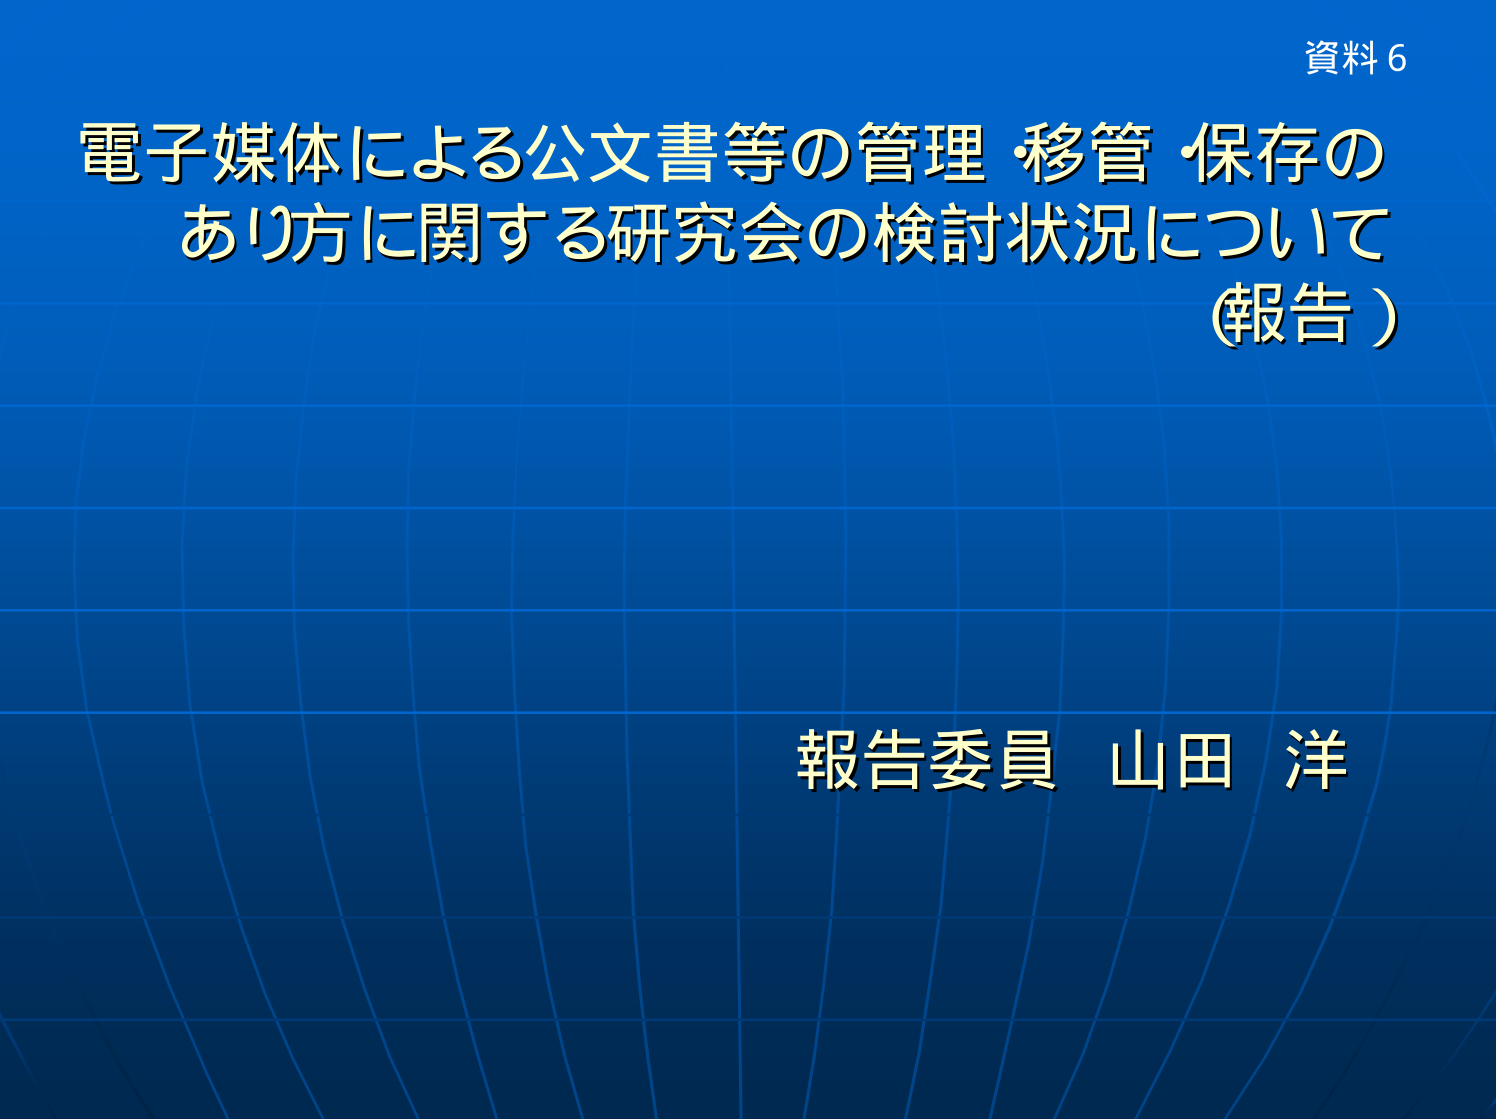
資料６
電子媒体による公文書等の管理・移管・保存の
あり方に関する研究会の検討状況について
（報告）
報告委員 山田 洋